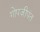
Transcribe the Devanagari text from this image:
गोपजीपंत